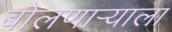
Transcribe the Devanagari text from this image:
बोलणाऱ्याला